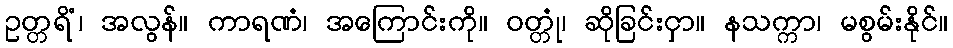
ဥတ္တရိံ၊ အလွန်။ ကာရဏံ၊ အကြောင်းကို။ ဝတ္တုံ၊ ဆိုခြင်းငှာ။ နသက္ကာ၊ မစွမ်းနိုင်။